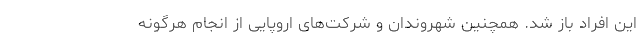
این افراد باز شد. همچنین شهروندان و شرکت‌های اروپایی از انجام هرگونه